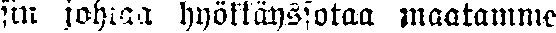
sin johtaa hyökkäyssotaa maatamme